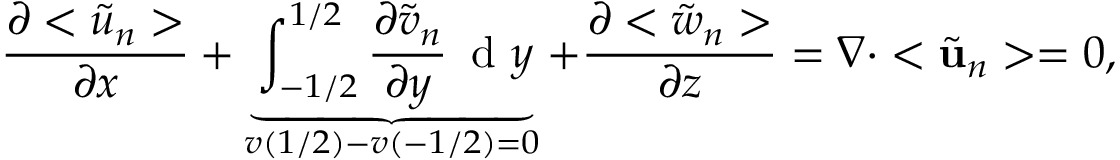
\frac { \partial < \tilde { u } _ { n } > } { \partial x } + \underbrace { \int _ { - 1 / 2 } ^ { 1 / 2 } \frac { \partial \tilde { v } _ { n } } { \partial y } \, \mathrm { ~ d ~ } y } _ { v \left( 1 / 2 \right) - v \left( - 1 / 2 \right) = 0 } + \frac { \partial < \tilde { w } _ { n } > } { \partial z } = \nabla \cdot < \tilde { \mathbf { u } } _ { n } > = 0 ,